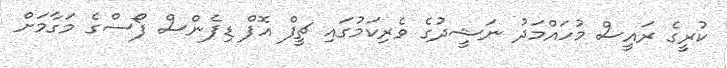
ކުރީގެ ރައީސް މުހައްމަދު ނަޝީދުގެ ވެރިކަމުގައި ޗީފް އޮފް ޑިފެންސް ފޯސްގެ މަގާމަށް